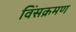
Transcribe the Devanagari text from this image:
विंसक्रमण